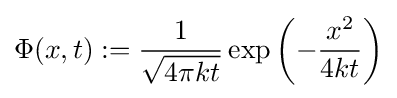
\Phi (x,t):={\frac {1}{\sqrt {4\pi kt}}}\exp \left(-{\frac {x^{2}}{4kt}}\right)